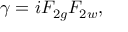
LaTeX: { \gamma } = i { \cal F } _ { 2 g } { \cal F } _ { 2 w } ,